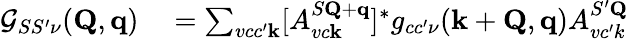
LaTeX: \begin{array}{rl}{\mathcal{G}_{SS^{\prime}\nu}(\mathbf{Q},\mathbf{q})}&{{}=\sum_{vcc^{\prime}\mathbf{k}}[A_{vc\mathbf{k}}^{S\mathbf{Q}+\mathbf{q}}]^{*}g_{cc^{\prime}\nu}(\mathbf{k}+\mathbf{Q},\mathbf{q})A_{vc^{\prime}k}^{S^{\prime}\mathbf{Q}}}\end{array}